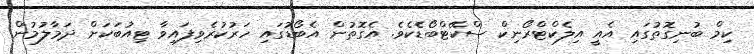
ކިމް ބުނިގޮތުގައި އެއީ އިލެކްޓްރޯނިކް ސްކޭޓްބޯޑެކެވެ. އެގޮތުން އެބޯޑުގައި ހަރުކުރެވިފައިވާ ޓިއުބަކަށް ދަމާލުމުން